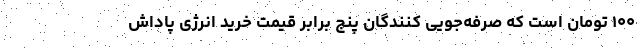
۱۰۰ تومان است که صرفه‌جویی کنندگان پنج برابر قیمت خرید انرژی پاداش